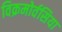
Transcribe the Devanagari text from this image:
विक्रमोर्वसिया